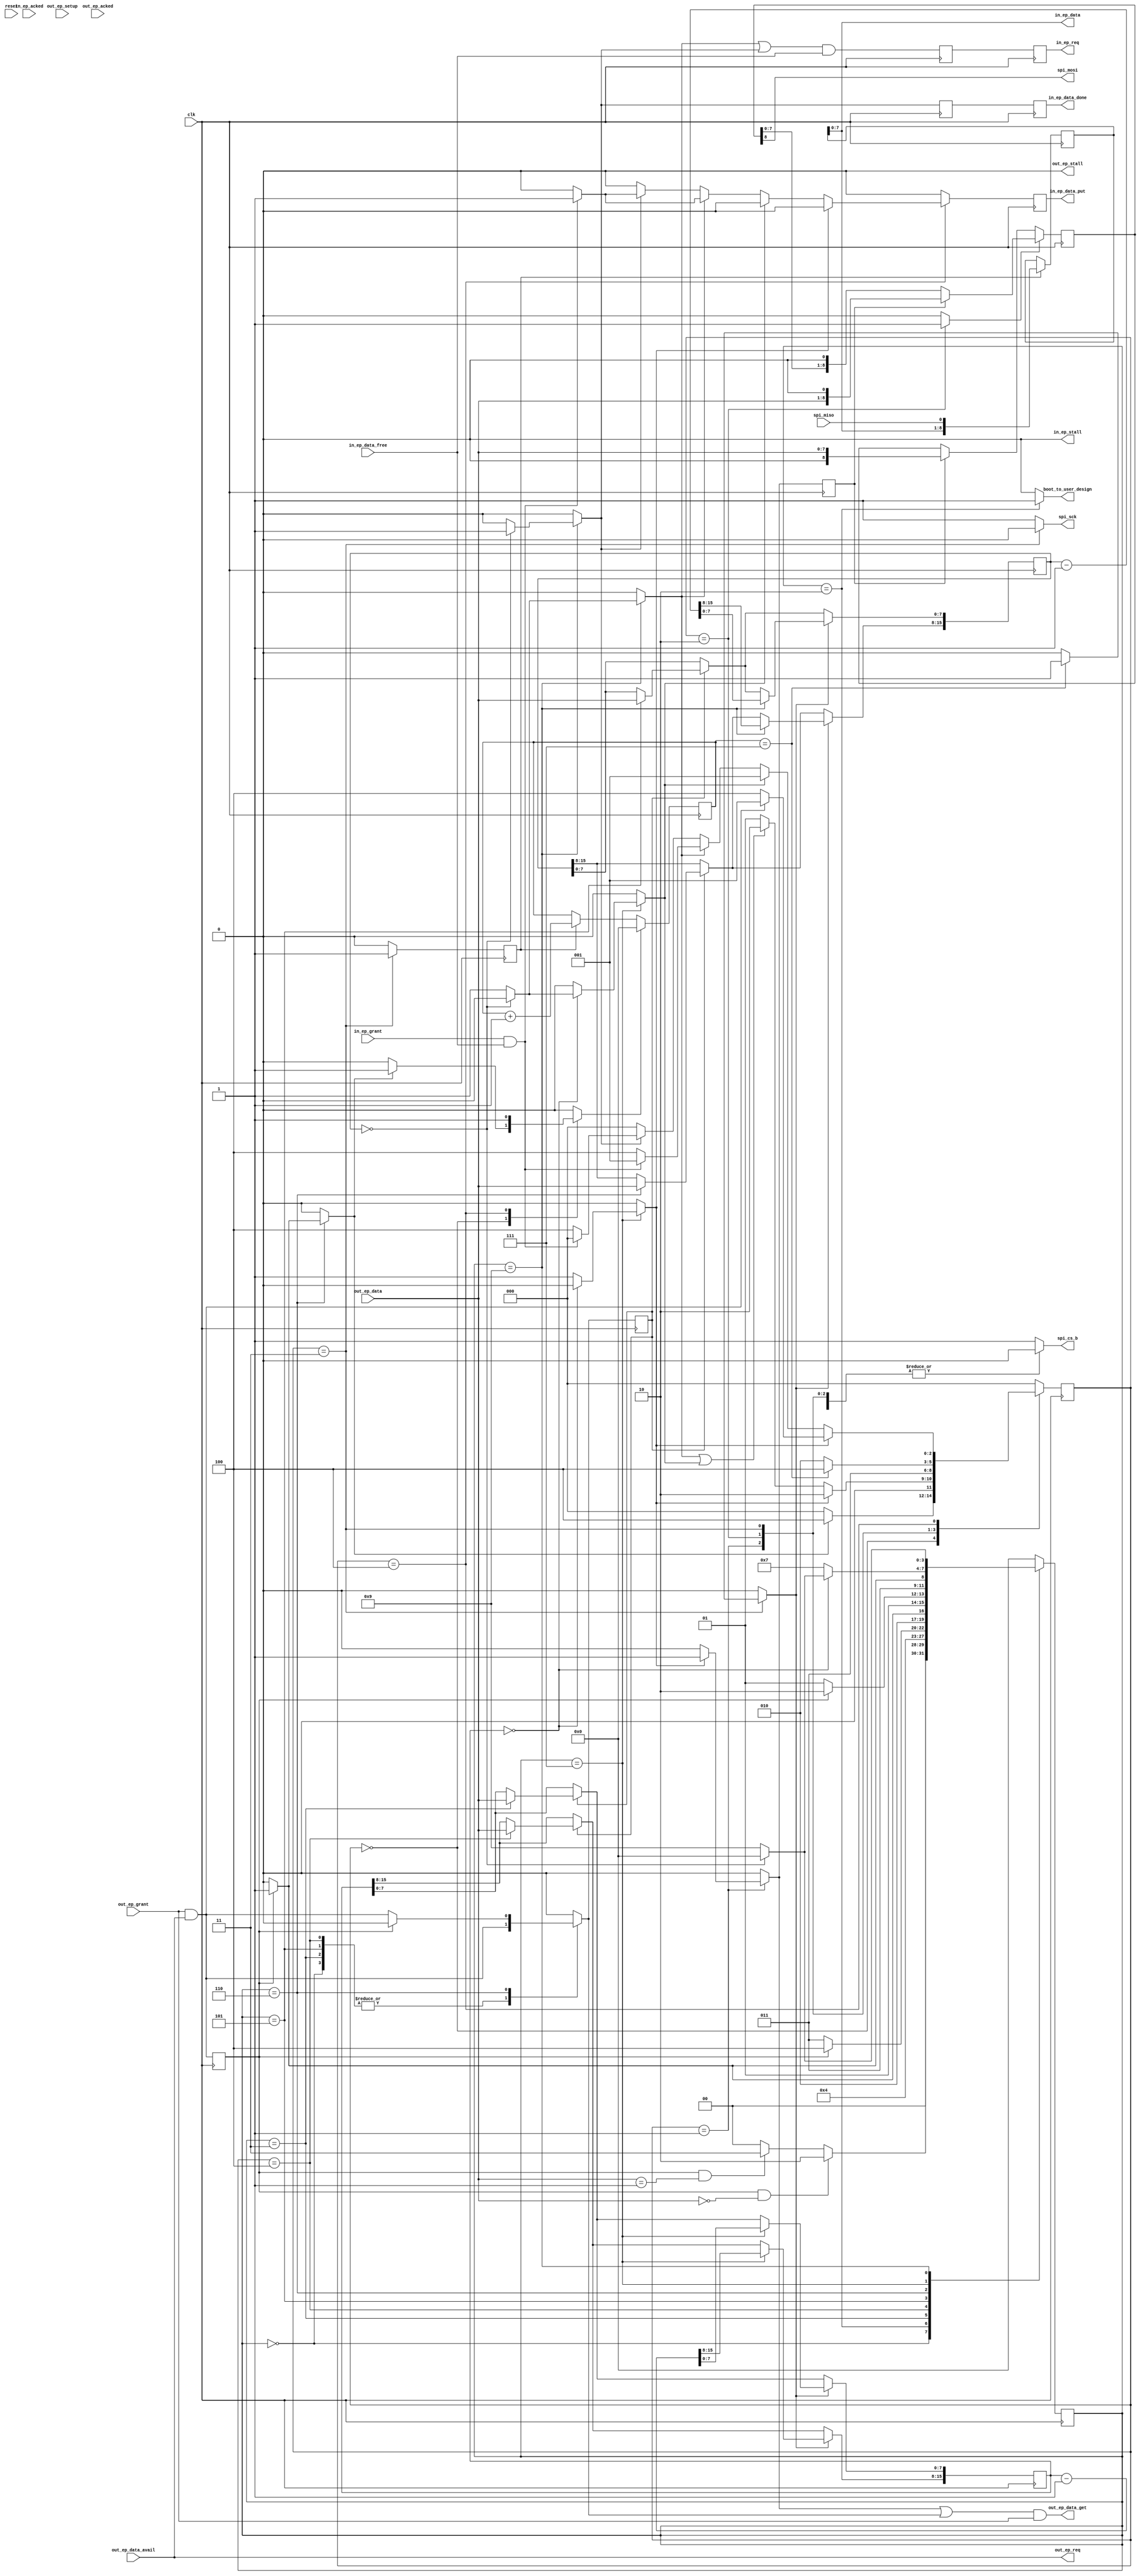
module usb_spi_bridge_ep (
  input clk,
  input reset,


  ////////////////////
  // out endpoint interface 
  ////////////////////
  output out_ep_req,
  input out_ep_grant,
  input out_ep_data_avail,
  input out_ep_setup,
  output out_ep_data_get,
  input [7:0] out_ep_data,
  output out_ep_stall,
  input out_ep_acked,


  ////////////////////
  // in endpoint interface 
  ////////////////////
  output reg in_ep_req = 0,
  input in_ep_grant,
  input in_ep_data_free,
  output reg in_ep_data_put = 0,
  output [7:0] in_ep_data,
  output reg in_ep_data_done = 0,
  output in_ep_stall,
  input in_ep_acked,


  ////////////////////
  // spi interface 
  ////////////////////
  output reg spi_cs_b,
  output reg spi_sck,
  output spi_mosi,
  input spi_miso,

  
  ////////////////////
  // warm boot interface
  ////////////////////
  output reg boot_to_user_design = 0
);


  assign out_ep_stall = 1'b0;
  assign in_ep_stall = 1'b0;

  wire spi_byte_out_xfr_ready = out_ep_grant && out_ep_data_avail;
  wire spi_byte_in_xfr_ready = in_ep_grant && in_ep_data_free;

  reg [15:0] data_out_length = 0;
  reg [15:0] data_in_length = 0;

  reg [8:0] spi_out_data = 0;
  reg [8:0] spi_in_data;


  ////////////////////////////////////////////////////////////////////////////////
  // command sequencer
  ////////////////////////////////////////////////////////////////////////////////
  reg [3:0] cmd_state = 0;
  reg [3:0] cmd_state_next = 0;

  localparam CMD_IDLE = 0;
  localparam CMD_PRE = 1;
  localparam CMD_OP_BOOT = 2;

  //localparam CMD_OP_XFR = 3;
  localparam CMD_SAVE_DOL_LO = 3;
  localparam CMD_SAVE_DOL_HI = 4;
  localparam CMD_SAVE_DIL_LO = 5;
  localparam CMD_SAVE_DIL_HI = 6;
  localparam CMD_DO_OUT = 7;
  localparam CMD_DO_IN = 9;

  reg get_cmd_out_data = 0;
  reg get_cmd_out_data_q = 0;
  reg spi_has_more_in_bytes = 0;
  reg spi_has_more_out_bytes;
  reg spi_start_new_xfr = 0;


  ////////////////////////////////////////////////////////////////////////////////
  // spi protocol engine
  ////////////////////////////////////////////////////////////////////////////////
  reg [2:0] spi_state = 0;
  reg [2:0] spi_state_next = 0;
  
  localparam SPI_IDLE = 0;
  localparam SPI_START = 1;
  localparam SPI_SEND_BIT = 2;
  localparam SPI_GET_BIT = 3;
  localparam SPI_END = 4;

  reg spi_send_bit;
  reg spi_get_bit;
  reg get_spi_out_data = 0;
  reg put_spi_in_data = 0;
  reg reset_spi_bit_counter;
  reg update_spi_byte_counters = 0;

  reg [3:0] spi_bit_counter = 0;

  reg spi_put_last_in_byte = 0;
  ////////////////////////////////////////////////////////////////////////////////
  // other glue logic
  ////////////////////////////////////////////////////////////////////////////////
  assign out_ep_req = out_ep_data_avail;
  assign out_ep_data_get = (get_spi_out_data || get_cmd_out_data) && out_ep_grant; 
  
  reg in_ep_req_i = 0;
  always @(posedge clk) in_ep_req_i <= (spi_has_more_in_bytes || spi_put_last_in_byte) && in_ep_data_free;
  always @(posedge clk) in_ep_req <= in_ep_req_i;
  always @(posedge clk) in_ep_data_put <= put_spi_in_data;
  assign in_ep_data = spi_in_data[7:0];

  assign spi_mosi = spi_out_data[8];

  wire spi_byte_done = spi_bit_counter == 4'h7;

  reg in_ep_data_done_i = 0;
  reg in_ep_data_done_q = 0;
  always @(posedge clk) in_ep_data_done_q <= in_ep_data_done_i;
  always @(posedge clk) in_ep_data_done <= in_ep_data_done_q;

  wire out_data_ready = out_ep_grant && out_ep_data_avail; 
  reg out_data_valid = 0;
  always @(posedge clk) out_data_valid <= out_data_ready;

  reg spi_dir_transition = 0;

  ////////////////////////////////////////////////////////////////////////////////
  // command sequencer
  ////////////////////////////////////////////////////////////////////////////////
  always @* begin
    get_cmd_out_data <= 1'b0;
    boot_to_user_design <= 1'b0;
    spi_put_last_in_byte <= 1'b0;
    spi_has_more_in_bytes <= 1'b0;
    spi_dir_transition <= 1'b0;
    spi_has_more_out_bytes <= 1'b0;
    in_ep_data_done_i <= 1'b0;
    spi_start_new_xfr <= 1'b0;

    case (cmd_state)
      CMD_IDLE : begin
        get_cmd_out_data <= out_data_ready;
        if (out_data_valid && out_ep_data == 8'h0) begin
          cmd_state_next <= CMD_OP_BOOT;

        end else if (out_data_valid && out_ep_data == 8'h1) begin  
          cmd_state_next <= CMD_SAVE_DOL_LO;    
  
        end else begin
          cmd_state_next <= CMD_IDLE;
        end
      end

      CMD_OP_BOOT : begin
        cmd_state_next <= CMD_OP_BOOT;
        boot_to_user_design <= 1'b1;
      end

      CMD_SAVE_DOL_LO : begin
        get_cmd_out_data <= out_data_ready;
        if (out_data_valid) begin   
          cmd_state_next <= CMD_SAVE_DOL_HI;     
  
        end else begin
          cmd_state_next <= CMD_SAVE_DOL_LO;
        end
      end

      CMD_SAVE_DOL_HI : begin
        get_cmd_out_data <= out_data_ready;
        if (out_data_valid) begin   
          cmd_state_next <= CMD_SAVE_DIL_LO;     
  
        end else begin
          cmd_state_next <= CMD_SAVE_DOL_HI;
        end
      end

      CMD_SAVE_DIL_LO : begin
        get_cmd_out_data <= out_data_ready;
        if (out_data_valid) begin   
          cmd_state_next <= CMD_SAVE_DIL_HI;     
  
        end else begin
          cmd_state_next <= CMD_SAVE_DIL_LO;
        end
      end

      
      CMD_SAVE_DIL_HI : begin
        if (out_data_valid) begin   
          cmd_state_next <= CMD_DO_OUT; 
          spi_start_new_xfr <= 1'b1;
  
        end else begin
          get_cmd_out_data <= out_data_ready;
          cmd_state_next <= CMD_SAVE_DIL_HI;
        end
      end
      

      CMD_DO_OUT : begin
        if (data_out_length == 16'h0) begin
          if (data_in_length == 16'h0) begin
            cmd_state_next <= CMD_IDLE;
          end else begin
            cmd_state_next <= CMD_DO_IN;
            spi_dir_transition <= 1'b1;
          end

        end else begin
          cmd_state_next <= CMD_DO_OUT;
          spi_has_more_out_bytes <= 1'b1;
        end
      end

      CMD_DO_IN : begin
        if (data_in_length == 0) begin
          cmd_state_next <= CMD_IDLE;
          spi_put_last_in_byte <= 1'b1;
          in_ep_data_done_i <= 1'b1;

        end else begin
          cmd_state_next <= CMD_DO_IN;
          spi_has_more_in_bytes <= 1'b1;
        end
      end

      default begin
        cmd_state_next <= CMD_IDLE;
      end
    endcase
  end

  always @(posedge clk) begin
    cmd_state <= cmd_state_next;
    get_cmd_out_data_q <= get_cmd_out_data;
    
    if (get_cmd_out_data_q) begin
      case (cmd_state)
        CMD_SAVE_DOL_LO : data_out_length[7:0] <= out_ep_data;
        CMD_SAVE_DOL_HI : data_out_length[15:8] <= out_ep_data;
        CMD_SAVE_DIL_LO : data_in_length[7:0] <= out_ep_data;
        CMD_SAVE_DIL_HI : data_in_length[15:8] <= out_ep_data;
      endcase
    end

    if (update_spi_byte_counters) begin
      case (cmd_state)
        CMD_DO_OUT : data_out_length <= data_out_length - 16'h1;
        CMD_DO_IN : data_in_length <= data_in_length - 16'h1;
      endcase
    end

  end

  ////////////////////////////////////////////////////////////////////////////////
  // spi protocol engine
  ////////////////////////////////////////////////////////////////////////////////
  always @* begin
    spi_send_bit <= 1'b0;
    spi_get_bit <= 1'b0;
    get_spi_out_data <= 1'b0;
    put_spi_in_data <= 1'b0;
    reset_spi_bit_counter <= 1'b0;
    update_spi_byte_counters <= 1'b0;

    case (spi_state)
      SPI_IDLE : begin
        spi_cs_b <= 1'b1;
        spi_sck <= 1'b1;

        if (spi_start_new_xfr) begin
          spi_state_next <= SPI_END;
          reset_spi_bit_counter <= 1'b1;

        end else begin
          spi_state_next <= SPI_IDLE;
        end
      end

      SPI_START : begin
        spi_cs_b <= 1'b0;
        spi_sck <= 1'b1;

        if (spi_has_more_out_bytes) begin
          get_spi_out_data <= 1'b1;
          spi_state_next <= SPI_SEND_BIT;
          
        end else if (spi_has_more_in_bytes || spi_dir_transition) begin
          spi_state_next <= SPI_SEND_BIT;

        end else begin
          spi_state_next <= SPI_START;
        end
      end

      SPI_SEND_BIT : begin
        spi_cs_b <= 1'b0;
        spi_sck <= 1'b1;
        spi_send_bit <= 1'b1;

        spi_state_next <= SPI_GET_BIT;
      end


      SPI_GET_BIT : begin
        spi_cs_b <= 1'b0;
        spi_sck <= 1'b0;
        spi_get_bit <= 1'b1;

        if (spi_byte_done) begin
          update_spi_byte_counters <= 1'b1;
          spi_state_next <= SPI_END;

        end else begin
          spi_state_next <= SPI_SEND_BIT;
        end
      end

      SPI_END : begin
        spi_cs_b <= 1'b0;
        spi_sck <= 1'b1;
        reset_spi_bit_counter <= 1'b1;

        if (spi_has_more_out_bytes) begin
          if (spi_byte_out_xfr_ready) begin
	    spi_state_next <= SPI_START;
          end else begin
	    spi_state_next <= SPI_END;
          end

        end else if (spi_dir_transition) begin
          spi_state_next <= SPI_START;

        end else if (spi_has_more_in_bytes) begin
          if (spi_byte_in_xfr_ready) begin
            put_spi_in_data <= 1'b1;
            spi_state_next <= SPI_START;
          end else begin
            spi_state_next <= SPI_END;
          end

        end else if (spi_put_last_in_byte) begin
          if (spi_byte_in_xfr_ready) begin
            put_spi_in_data <= 1'b1;
            spi_state_next <= SPI_IDLE;
          end else begin
            spi_state_next <= SPI_END;
          end

        end else begin
          spi_state_next <= SPI_IDLE;
        end
      end

      default begin
        spi_cs_b <= 1'b1;
        spi_sck <= 1'b1;
        spi_state_next <= SPI_IDLE;
      end
    endcase    
  end

  reg get_spi_out_data_q = 0;
  always @(posedge clk) get_spi_out_data_q <= get_spi_out_data;

  reg spi_get_bit_q = 0;
  always @(posedge clk) spi_get_bit_q <= spi_get_bit;
  always @(posedge clk) begin
    spi_state <= spi_state_next;

    if (spi_get_bit_q) begin
      spi_in_data <= {spi_in_data[7:0], spi_miso};
      spi_bit_counter <= spi_bit_counter + 4'h1;
    end
    
    if (reset_spi_bit_counter) begin
      spi_bit_counter <= 4'h0;
    end

    if (spi_send_bit) begin
      if (get_spi_out_data_q) begin
        spi_out_data <= {out_ep_data[7:0], 1'b0};
      end else begin
        spi_out_data <= {spi_out_data[7:0], 1'b0};
      end
    end else if (get_spi_out_data_q) begin
      spi_out_data <= out_ep_data;
    end
  end 
endmodule